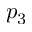
p _ { 3 }